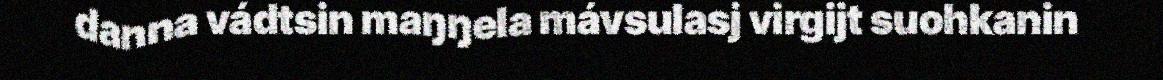
danna vádtsin maŋŋela mávsulasj virgijt suohkanin